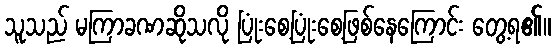
သူသည် မကြာခဏဆိုသလို ပြုံးစေ့ပြုံးစေ့ဖြစ်နေကြောင်း တွေ့ရ၏။